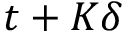
t + K \delta